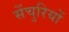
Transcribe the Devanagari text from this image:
सेंचुरियों